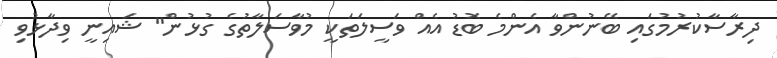
ދިރާސާކުރުމުގައި ބޭނުންވާ އެންމެ ބޮޑު އެއް ވަސީލަތަކީ މުވާސަލާތުގެ ގުޅުން" ޝައިނީ ވިދާޅުވި